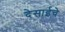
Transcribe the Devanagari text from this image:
देसाईचे